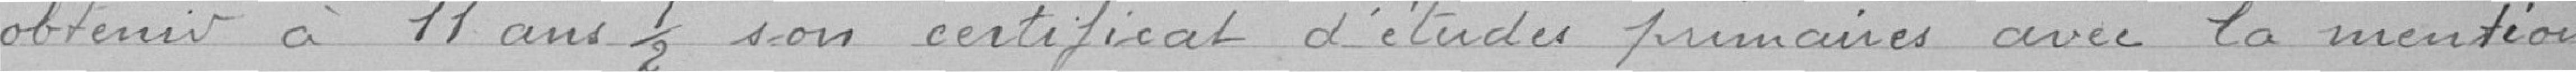
d'obtenir à 11 ans 1/2 son certificat d'études primaires avec la mention